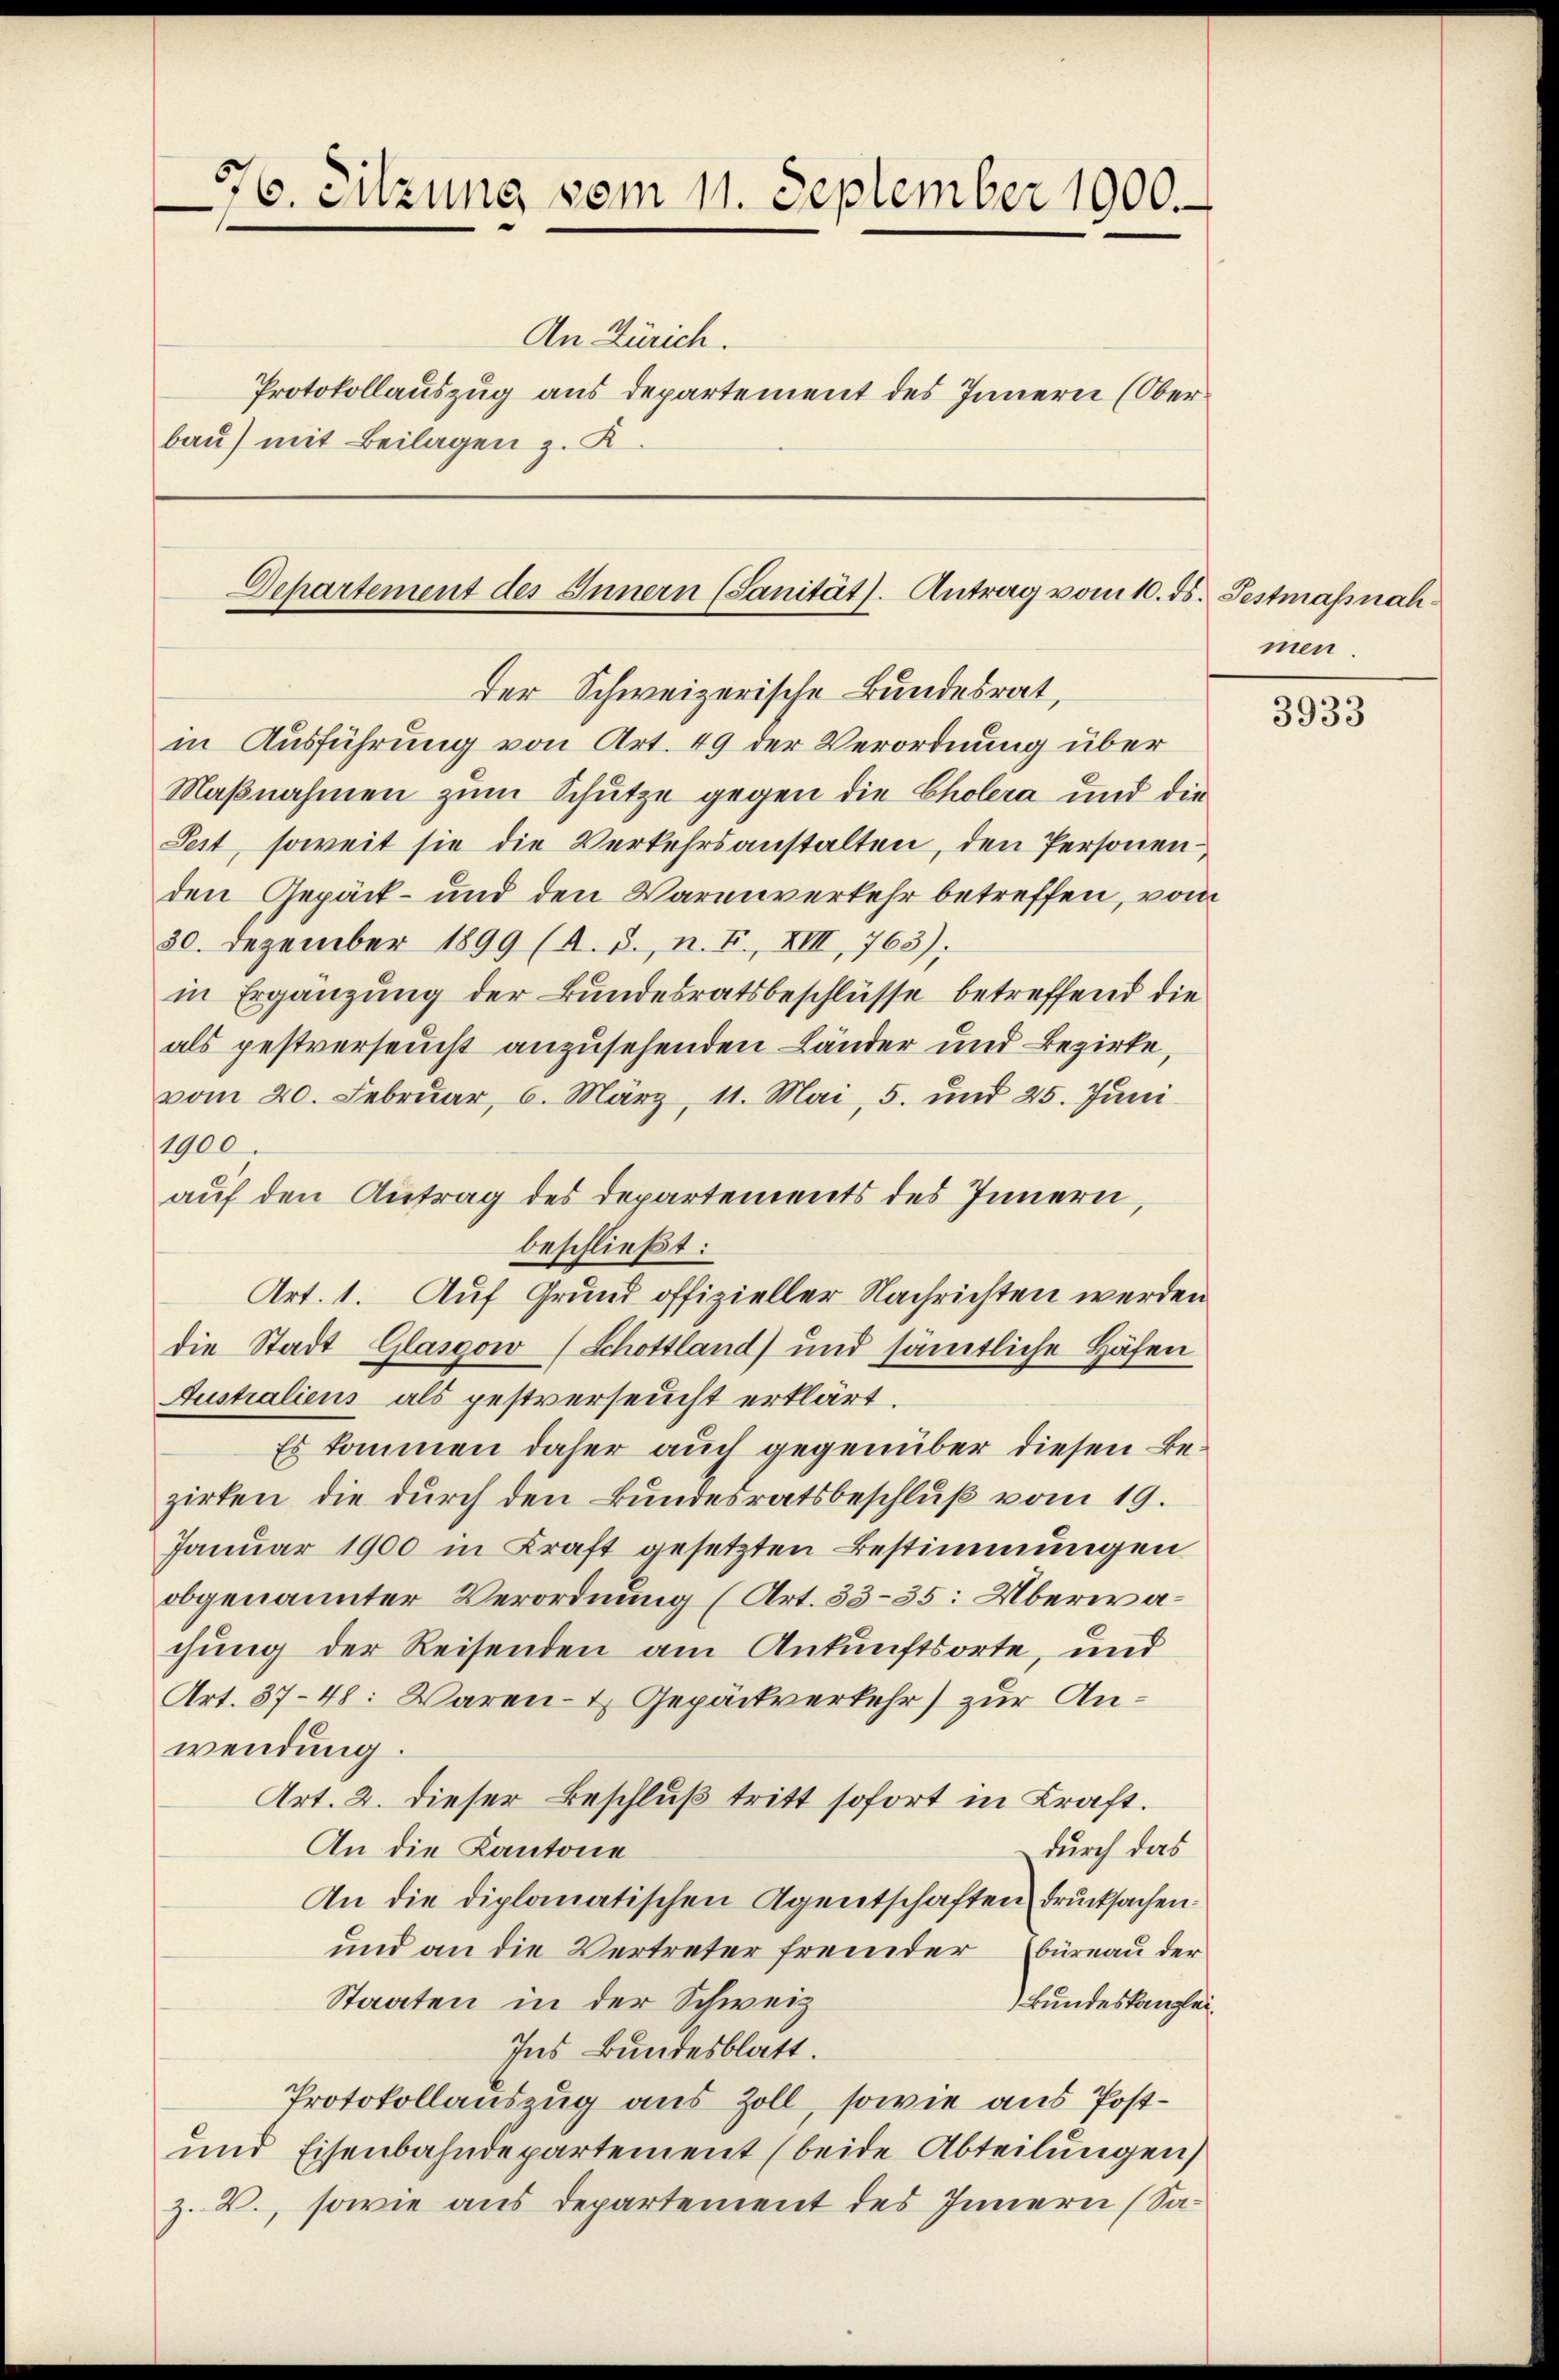
776. Sitzung vom 11. September 1900.

An Zürich.
Protokollauszug aus departement des Innern (Oberbau) mit Beilagen z. K.

in Ausführung von Art. 49 der Verordnung über
Maßnahmen zum Schutze gegen die Cholera und die
Sest, soweit sie die Verkehrsanstalten, den Personen
den Gepäck- und den Warenverkehr betreffen, vom
30. Dezember 1899 (A. S., n. F., XIII, 763);
in Ergänzung der Bundesratsbeschlüsse betreffend die
als pestverseucht anzusehenden Länder und Bezirke,
vom 20. Februar, 6. März, 11. Mai, 5. und 25. Jŭni
1900.
auf den Antrag des Departements des Innern,
beschließt:
Art. 1. Auf Grund offizieller Nachrichten werden
die Stadt Glasgow (Schottland) und sämtliche Häfen
Australiens als pestverseucht erklärt.
Es kommen daher auch gegenüber diesen Bezirken, die durch den Bundesratsbeschluß vom 19.
Januar 1900 in Kraft gesetzten Bestimmungen
obgenannter Verordnung (Art. 33-35: Überwachung der Reisenden am Ankunftsorte, und
Art. 37-48: Waren- & Gepäckverkehr) zur Anwendung.
Art. 2. dieser Beschluß tritt sofort in Kraft.
durch das
An die Kantone
An die diplomatischen Agentschaften drucksachen.
und an die Vertreter fremder Büreau der
Staaten in der Schweiz
Bundeskanzlei¬
Ins Bundesblatt.
Protokollauszug aus Zoll, sowie aus Post¬
und Eisenbahndepartement (beide Abteilungen)
Z. V., sowie aus Departement des Innern (Sa¬

Departement des Innern (Sanität. Antrag vom 10. ds. Festmassnahder Schweizerische Bundesrat,

men.

3933